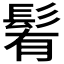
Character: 𩭀